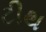
ટીથ